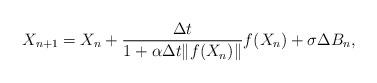
LaTeX: \begin{align*}X_{n+1}=X_n+\frac{\Delta t}{1+\alpha\Delta t\|f(X_n)\|}f(X_n)+\sigma\Delta B_n,\end{align*}